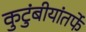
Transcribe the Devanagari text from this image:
कुटुंबीयांतर्फे